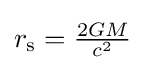
\textstyle r_{\text{s}}={\frac {2GM}{c^{2}}}